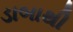
ડાબાથી